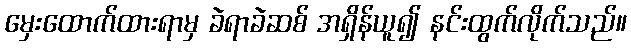
မှေးထောက်ထားရာမှ ခဲရာခဲဆစ် အရှိန်ယူ၍ နင်းထွက်လိုက်သည်။